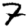
Digit: 7